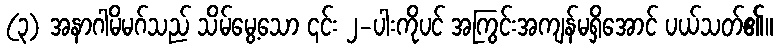
(၃) အနာဂါမိမဂ်သည် သိမ်မွေ့သော ၎င်း ၂-ပါးကိုပင် အကြွင်းအကျန်မရှိအောင် ပယ်သတ်၏။